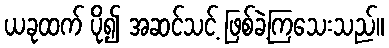
ယခုထက် ပို၍ အဆင်သင့် ဖြစ်ခဲ့ကြသေးသည်။